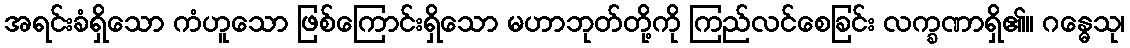
အရင်းခံရှိသော ကံဟူသော ဖြစ်ကြောင်းရှိသော မဟာဘုတ်တို့ကို ကြည်လင်စေခြင်း လက္ခဏာရှိ၏။ ဂန္ဓေသု၊